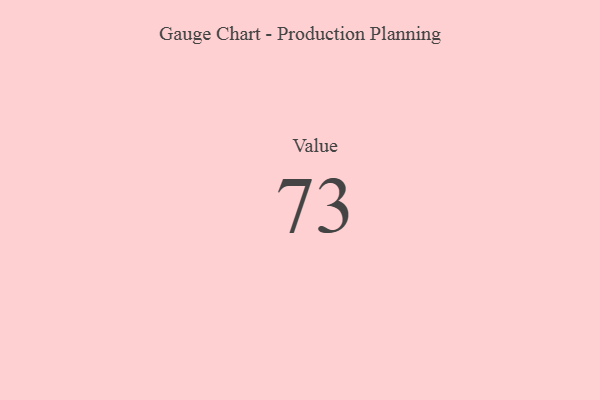
{"axis": {"x": "Metric", "y": "Value"}, "legend": [""], "data": [{"x": "Value", "y": 73, "type": ""}]}